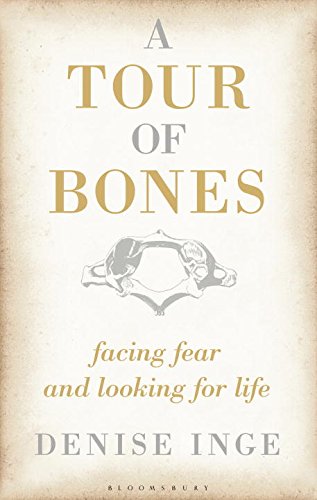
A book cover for A Tour of Bones: Facing Fear and Looking for Life; Denise Inge; Travel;